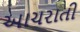
આચરાતી